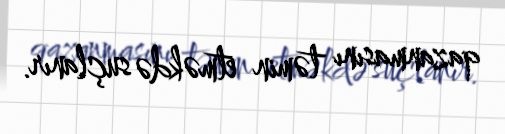
qazanmasını təmin etməkdə suçlanır.